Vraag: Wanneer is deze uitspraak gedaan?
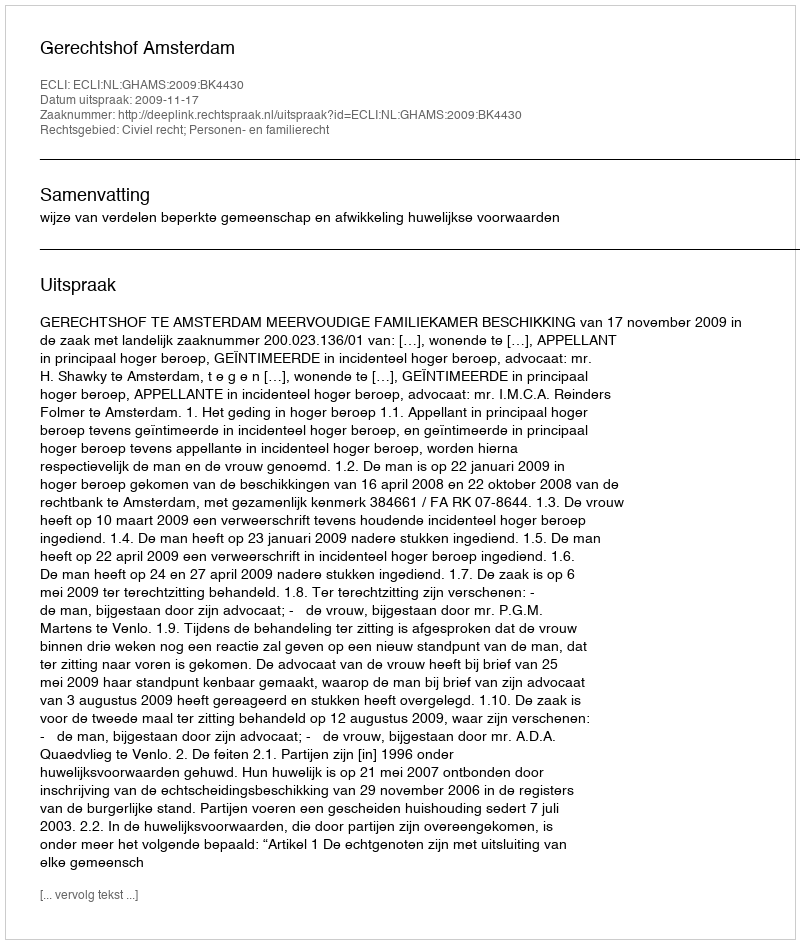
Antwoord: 2009-11-17